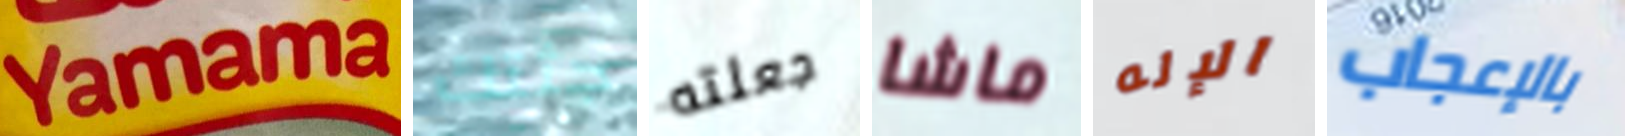
Yamama جثتك جعلته ماشا الإله بالإعجاب